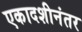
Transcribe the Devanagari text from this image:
एकादशीनंतर